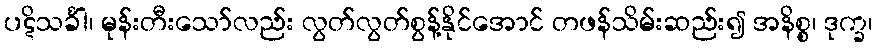
ပဋိသင်္ခါ၊ မုန်းတီးသော်လည်း လွတ်လွတ်စွန့်နိုင်အောင် တဖန်သိမ်းဆည်း၍ အနိစ္စ၊ ဒုက္ခ၊